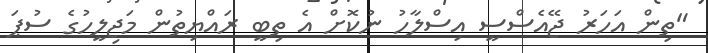
"ތިން އަހަރު ޖޭއެސްސީ އިސްލާހު ނުކޮށް އެ ތިބީ ރައްޔިތުން މަޖިލީހުގެ ސުޕަ